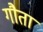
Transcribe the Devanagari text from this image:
गौता